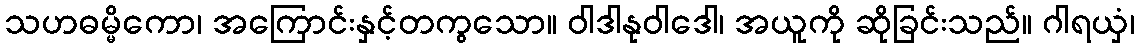
သဟဓမ္မိကော၊ အကြောင်းနှင့်တကွသော။ ဝါဒါနုဝါဒေါ၊ အယူကို ဆိုခြင်းသည်။ ဂါရယှံ၊